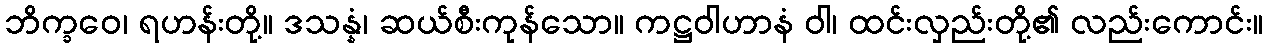
ဘိက္ခဝေ၊ ရဟန်းတို့။ ဒသန္နံ၊ ဆယ်စီးကုန်သော။ ကဋ္ဌဝါဟာနံ ဝါ၊ ထင်းလှည်းတို့၏ လည်းကောင်း။